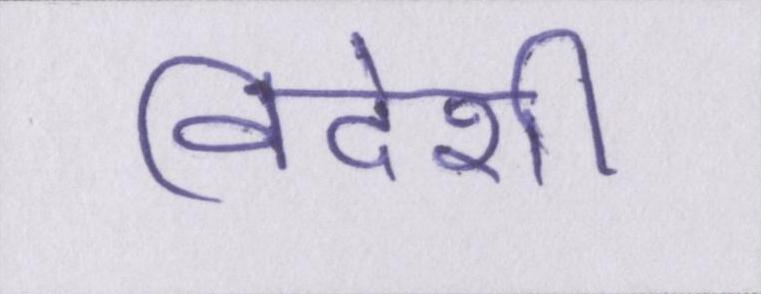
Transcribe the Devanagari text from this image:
विदेशी